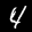
Label: 4